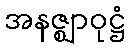
အနဇ္ဈာဝုဋ္ဌံ